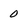
Character: 0